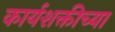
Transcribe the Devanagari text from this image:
कार्यशक्तीच्या